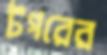
টগরের